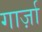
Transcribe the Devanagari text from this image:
गार्ज़ा